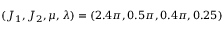
( J _ { 1 } , J _ { 2 } , \mu , \lambda ) = ( 2 . 4 \pi , 0 . 5 \pi , 0 . 4 \pi , 0 . 2 5 )